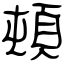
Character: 頓